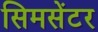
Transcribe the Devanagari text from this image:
सिमसेंटर